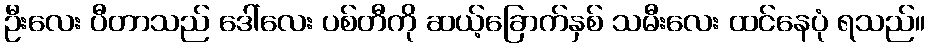
ဦးလေး ပီတာသည် ဒေါ်လေး ပစ်တီကို ဆယ့်ခြောက်နှစ် သမီးလေး ထင်နေပုံ ရသည်။